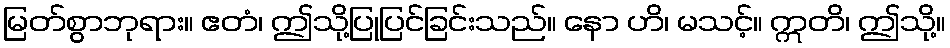
မြတ်စွာဘုရား။ ဧတံ၊ ဤသို့ပြုပြင်ခြင်းသည်။ နော ဟိ၊ မသင့်။ ဣတိ၊ ဤသို့။